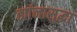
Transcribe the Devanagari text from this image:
ह्यांनासुद्धा